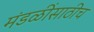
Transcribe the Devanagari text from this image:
मंडळींसाठीच